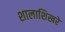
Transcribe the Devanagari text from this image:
शालाशिखरे